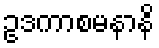
ဥဒကာစမနာနိ